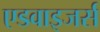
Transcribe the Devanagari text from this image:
एडवाइजर्स